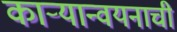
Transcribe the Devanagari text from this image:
काऱ्यान्वयनाची